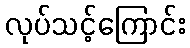
လုပ်သင့်ကြောင်း